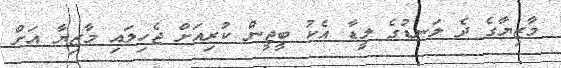
މާޒިޔާގެ ދެ ލަނޑުގެ ލީޑާ އެކު ބީޖީން ކުރިއަށް ޖެހިލައި މާޒިޔާ އަށް